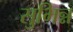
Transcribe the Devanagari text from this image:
सुभिन्न